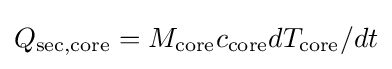
Q_{\text{sec,core}}=M_{\text{core}}c_{\text{core}}dT_{\text{core}}/dt